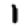
Digit: 1